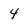
Character: 4